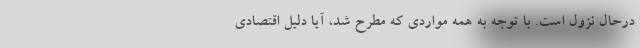
درحال نزول است. با توجه به همه مواردی که مطرح شد، آیا دلیل اقتصادی